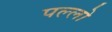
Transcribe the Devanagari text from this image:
पल्लो